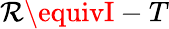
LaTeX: \mathcal{R}\equivI-T